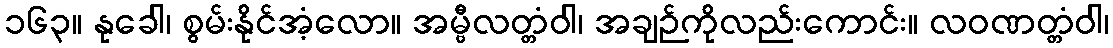
၁၆၃။ နုခေါ၊ စွမ်းနိုင်အံ့လော။ အမ္ဗီလတ္တံဝါ၊ အချဉ်ကိုလည်းကောင်း။ လဝဏတ္တံဝါ၊